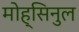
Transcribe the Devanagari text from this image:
मोह्सिनुल